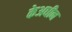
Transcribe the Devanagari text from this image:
केअधीन